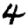
Digit: 4